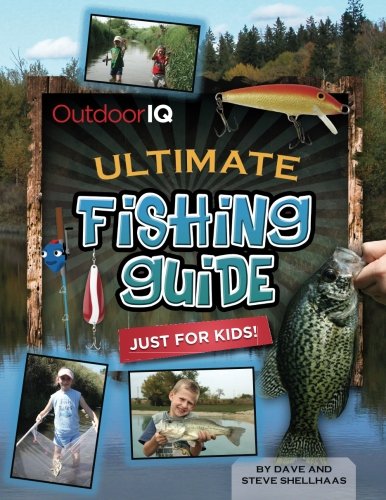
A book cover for OutdoorIQ Ultimate Fishing Guide Just For Kids!; Dave D. Shellhaas; Sports & Outdoors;